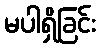
မပါရှိခြင်း